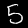
Digit: 5